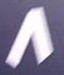
8